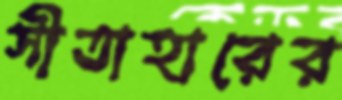
সীতাহারের